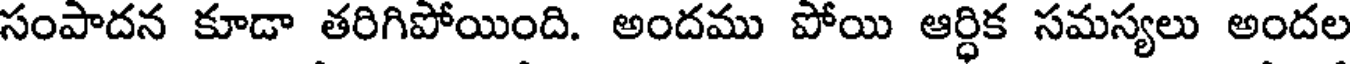
సంపాదన కూడా తరిగిపోయింది. అందము పోయి ఆర్ధిక సమస్యలు అందల